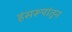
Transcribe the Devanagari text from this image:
हंसरूपांतून